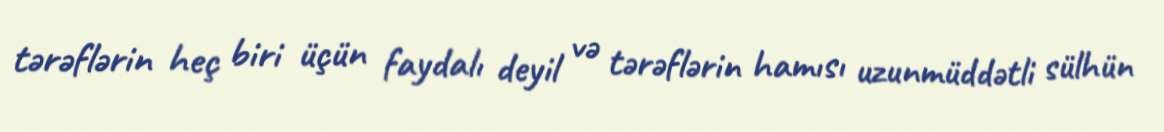
tərəflərin heç biri üçün faydalı deyil və tərəflərin hamısı uzunmüddətli sülhün